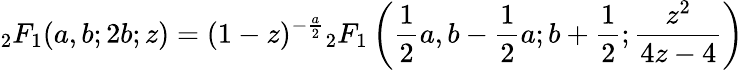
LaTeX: {}_{2}F_{1}(a,b;2b;z)=(1-z)^{-{\frac{a}{2}}}{}_{2}F_{1}\left({\frac{1}{2}}a,b-{\frac{1}{2}}a;b+{\frac{1}{2}};{\frac{z^{2}}{4z-4}}\right)